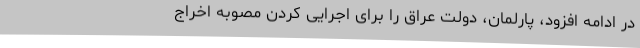
در ادامه افزود، پارلمان، دولت عراق را برای اجرایی کردن مصوبه اخراج